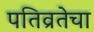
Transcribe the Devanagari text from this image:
पतिव्रतेचा